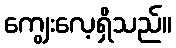
ကျွေးလေ့ရှိသည်။